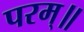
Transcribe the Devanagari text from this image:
परम्॥